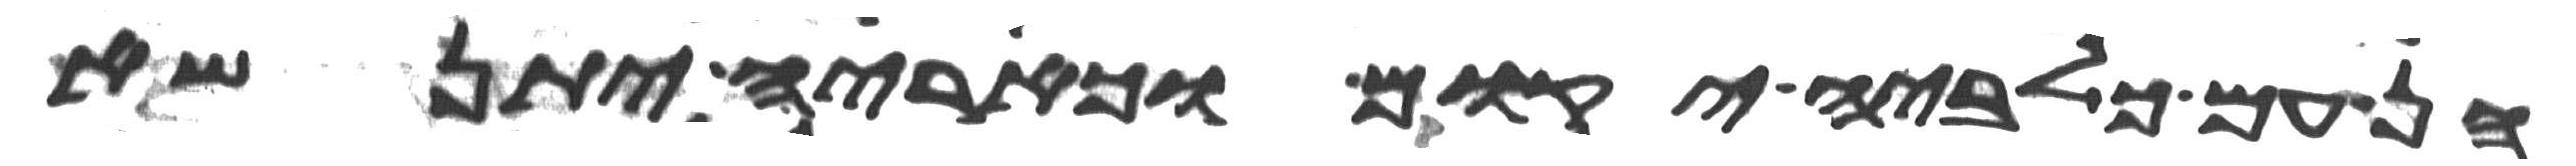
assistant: הן עם כלביה יקום וכאריה יתנשא